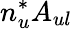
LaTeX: n_{u}^{*}A_{ul}